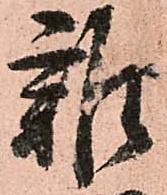
雑